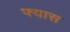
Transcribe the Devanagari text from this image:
फ्यास